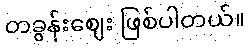
တခွန်းဈေး ဖြစ်ပါတယ်။